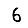
Digit: 6